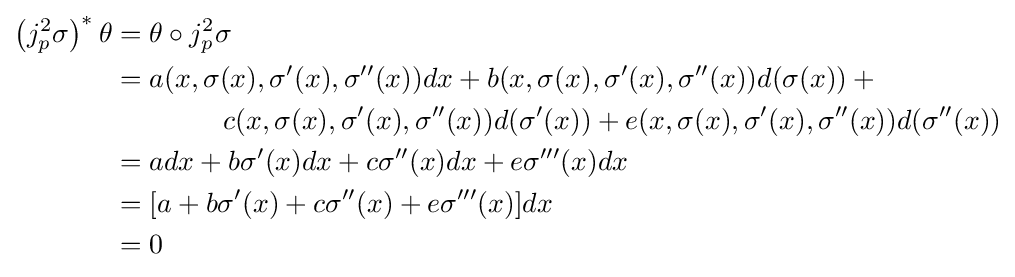
{\begin{aligned}\left(j_{p}^{2}\sigma \right)^{*}\theta &=\theta \circ j_{p}^{2}\sigma \\&=a(x,\sigma (x),\sigma '(x),\sigma ''(x))dx+b(x,\sigma (x),\sigma '(x),\sigma ''(x))d(\sigma (x))+{}\\&\qquad \qquad c(x,\sigma (x),\sigma '(x),\sigma ''(x))d(\sigma '(x))+e(x,\sigma (x),\sigma '(x),\sigma ''(x))d(\sigma ''(x))\\&=adx+b\sigma '(x)dx+c\sigma ''(x)dx+e\sigma '''(x)dx\\&=[a+b\sigma '(x)+c\sigma ''(x)+e\sigma '''(x)]dx\\&=0\end{aligned}}